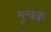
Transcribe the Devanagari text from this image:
भूचक्र